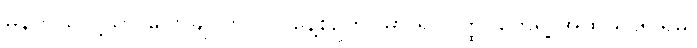
မှန်တယ်လို့သာ ပြောချင်တာပါ။ နေ့စဉ်ဘဝမှာ ရုပ်ဝတ္ထု တွေရဲ့ အထည်ဒြပ်ရှိမှု၊